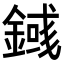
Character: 𨪎